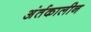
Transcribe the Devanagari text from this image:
अंर्तकालीन